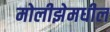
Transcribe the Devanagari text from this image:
मोलीझेमधील